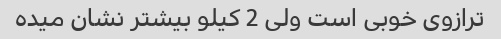
ترازوی خوبی است ولی 2 کیلو بیشتر نشان میده